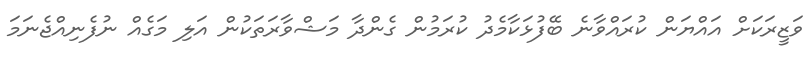
ވަޒީރަކަށް އައްޔަން ކުރައްވާނެ ބޭފުޅަކާމެދު ކުރަމުން ގެންދާ މަޝްވާރަތަކުން އަލި މަގެއް ނުފެނިއްޖެނަމަ